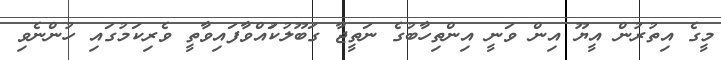
މީގެ އިތުރުން އީޔޫ އިން ވަނީ އިންތިހާބުގެ ނަތީޖާ ގަބޫލުކުައްވާފައިވާތީ ވެރިކަމުގައި ހުންނެވި